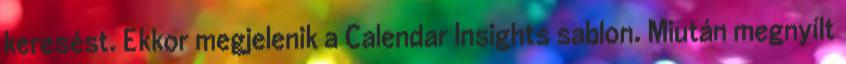
keresést. Ekkor megjelenik a Calendar Insights sablon. Miután megnyílt